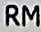
RM